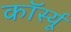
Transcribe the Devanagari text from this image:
कॉर्स्यू